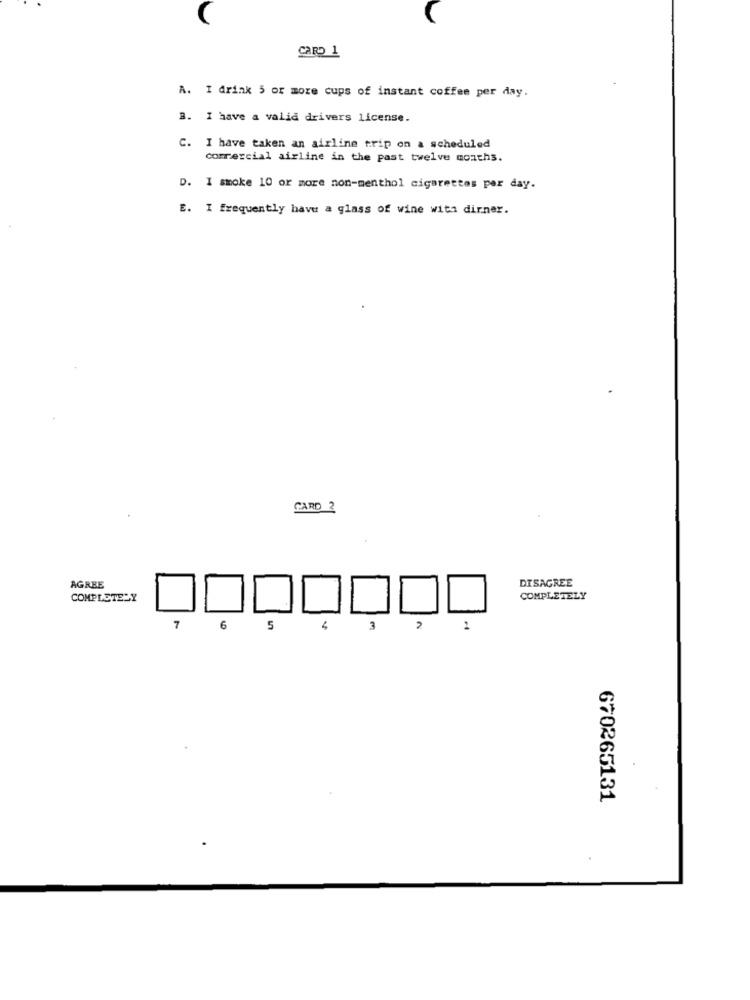
CARD 1
A. I drink 5 or more cups of instant coffee per day.
B. I have a valid drivers license.
C. I have taken an airline trip on a scheduled
comercial airline in the past twelve months.
D. I smoke 10 or more non-menthol cigarettes per day.
E. I frequently have a glass of wine with dirner.
CARD 2
DISAGREE
AGREE
COMPLETELY
COMPLETELY
7
6
5
4
3
2
1
670265131